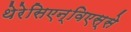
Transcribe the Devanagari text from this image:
थेरेसिएन्विएस्से